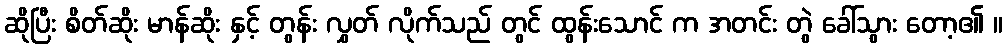
ဆိုပြီး စိတ်ဆိုး မာန်ဆိုး နှင့် တွန်း လွှတ် လိုက်သည် တွင် ထွန်းသောင် က အတင်း တွဲ ခေါ်သွား တော့၏ ။